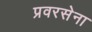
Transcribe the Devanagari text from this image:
प्रवरसेना